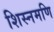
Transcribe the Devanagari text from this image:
शिस्नमणि